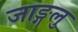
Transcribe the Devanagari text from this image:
जाङ्गलु